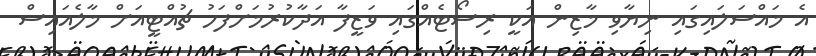
އެ މައްސަލައިގައި ނިޔާވި މާޒިން އަކީ ރިސޯޓެއްގައި ވަޒީފާ އަދާކުރުމަށްފަހު ޗުއްޓީއަށް މާލެއައިސް